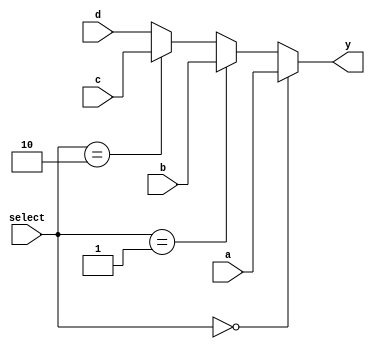

module mux32 (a,b,c,d,select,y);
  input    [1:0]    select;
  input    [31:0]   a,b,c,d;
  output   [31:0]   y;
  
  assign  y=
    (select==2'b00)  ? a :
    (select==2'b01)  ? b :
    (select==2'b10)  ? c :
                           d;
                          
endmodule

  
module mux5 (a,b,c,select,y);
  input     [1:0]    select;
  input     [4:0]    a,b,c;
  output    [4:0]    y;
  assign  y=
    (select==2'b00)  ? a :
    (select==2'b01)  ? b :
                           c;
                           
endmodule